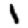
Digit: 1